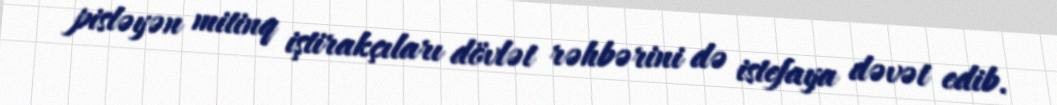
pisləyən mitinq iştirakçıları dövlət rəhbərini də istefaya dəvət edib.